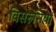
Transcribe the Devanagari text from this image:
विसरुनियां